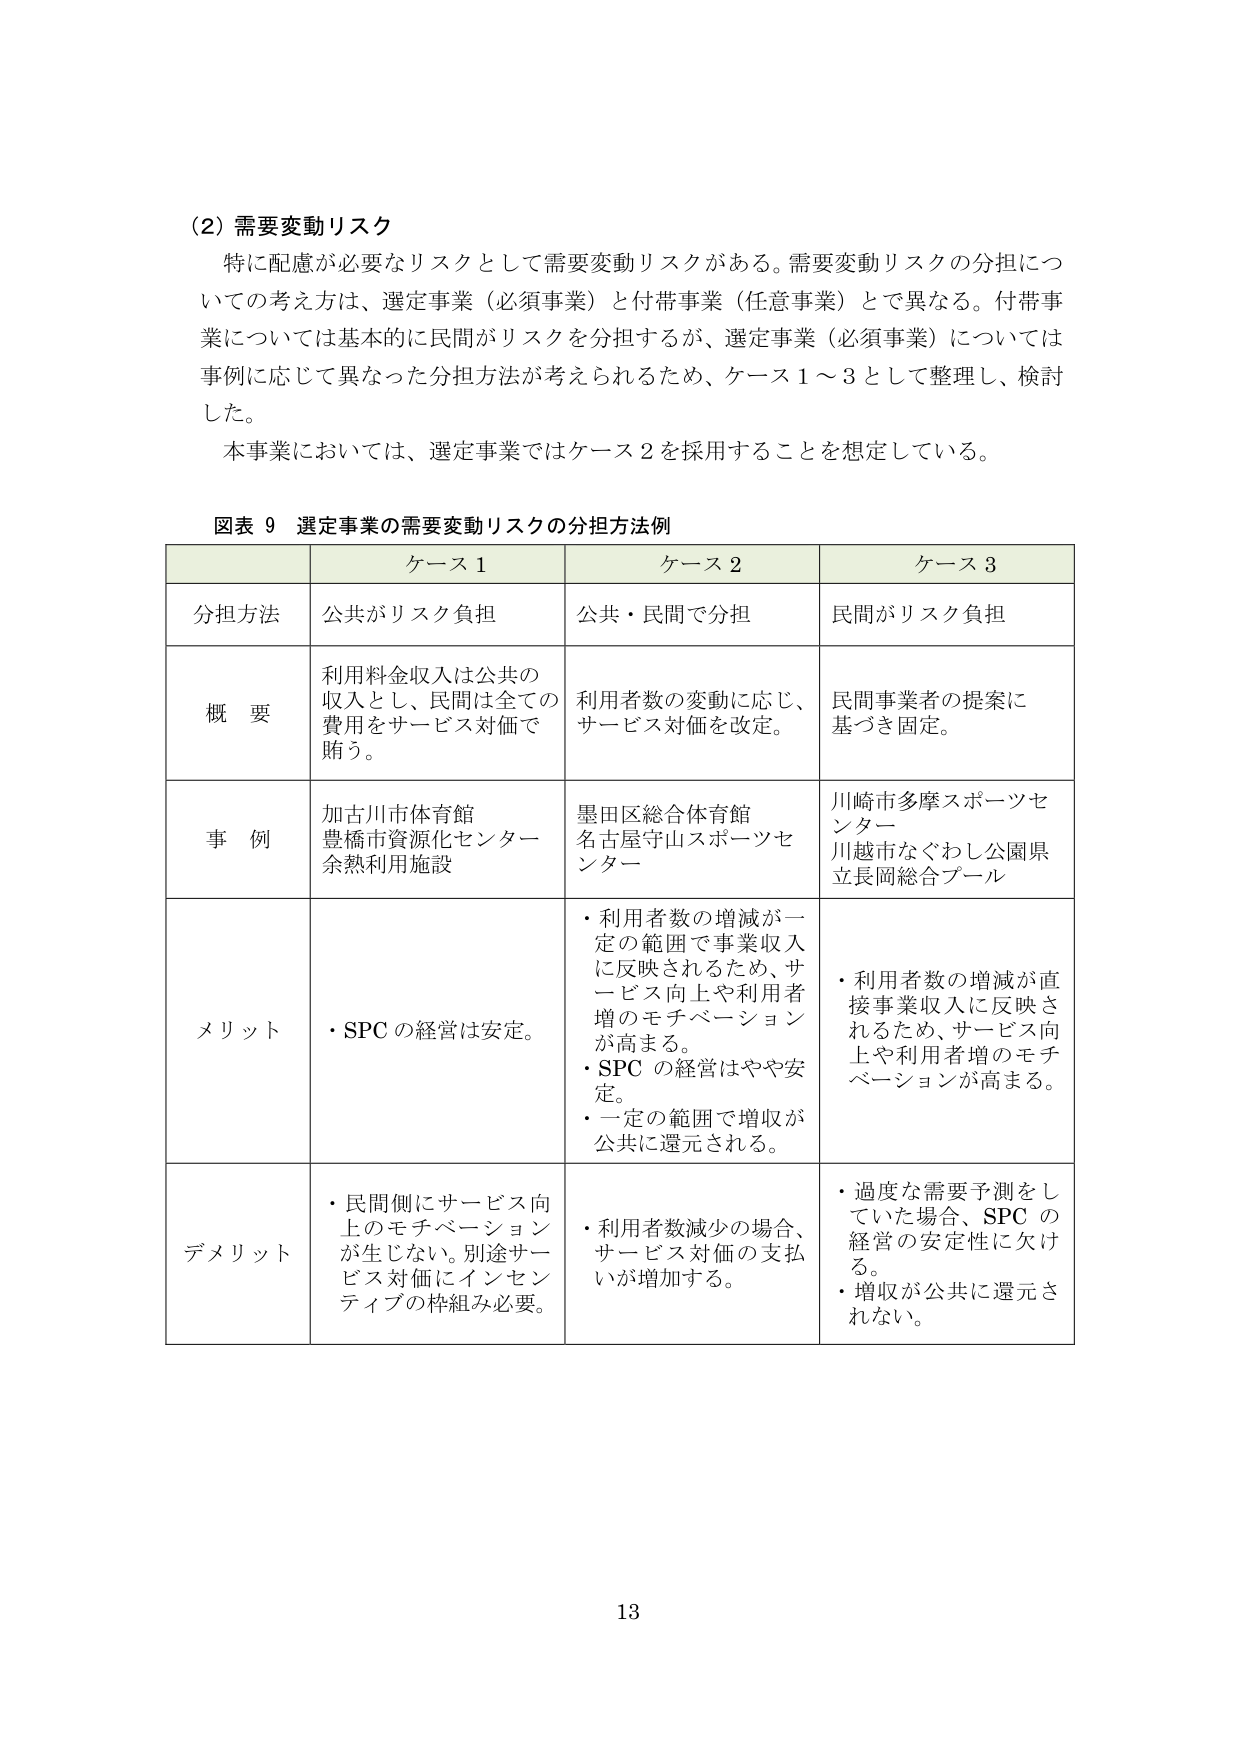
(2) 需要変動リスク
特に配慮が必要なリスクとして需要変動リスクがある。需要変動リスクの分担についての考え方は、選定事業（必須事業）と付帯事業（任意事業）とで異なる。付帯事業については基本的に民間がリスクを分担するが、選定事業（必須事業）については事例に応じて異なった分担方法が考えられるため、ケース1～3として整理し、検討した。
本事業においては、選定事業ではケース2を採用することを想定している。

図表 9 選定事業の需要変動リスクの分担方法例

| | ケース1 | ケース2 | ケース3 |
|---|---|---|---|
| 分担方法 | 公共がリスク負担 | 公共・民間で分担 | 民間がリスク負担 |
| 概要 | 利用料金収入は公共の収入とし、民間は全ての費用をサービス対価で賄う。 | 利用者数の変動に応じ、サービス対価を改定。 | 民間事業者の提案に基づき固定。 |
| 事例 | 加古川市体育館<br>豊橋市資源化センター<br>余熱利用施設 | 墨田区総合体育館<br>名古屋守山スポーツセンター | 川崎市多摩スポーツセンター<br>川越市なぐわし公園県立長岡総合プール |
| メリット | ・SPCの経営は安定。 | ・利用者数の増減が一定の範囲で事業収入に反映されるため、サービス向上や利用者増のモチベーションが高まる。<br>・SPCの経営はやや安定。<br>・一定の範囲で増収が公共に還元される。 | ・利用者数の増減が直接事業収入に反映されるため、サービス向上や利用者増のモチベーションが高まる。 |
| デメリット | ・民間側にサービス向上のモチベーションが生じない。別途サービス対価にインセンティブの枠組み必要。 | ・利用者数減少の場合、サービス対価の支払いが増加する。 | ・過度な需要予測をしていた場合、SPCの経営の安定性に欠ける。<br>・増収が公共に還元されない。 |

13